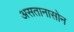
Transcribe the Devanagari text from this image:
असतानासोन